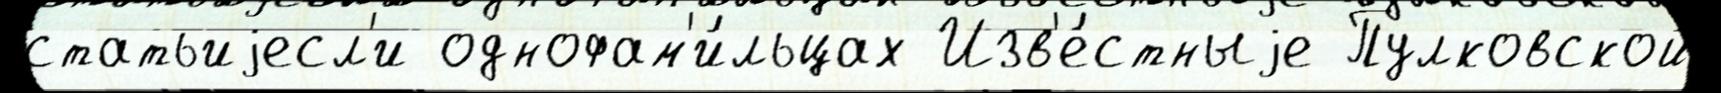
статьиjесл'и однофам'и́льцах Изв'е́стныjе Пулковской